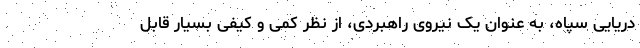
دریایی سپاه، به عنوان یک نیروی راهبردی، از نظر کمی و کیفی بسیار قابل